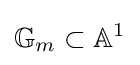
\mathbb {G} _{m}\subset \mathbb {A} ^{1}